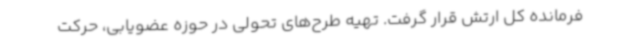
فرمانده کل ارتش قرار گرفت. تهیه طرح‌های تحولی در حوزه عضویابی، حرکت